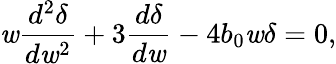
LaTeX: \mathit{w}\frac{{d^{2}\delta}}{{d\mathit{w}^{2}}}+3\frac{{d\delta}}{{d\mathit{w}}}-4b_{0}\mathit{w}\delta=0,